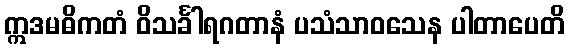
ဣဒမဓိကတံ ဝိသင်္ခါရဂတာနံ ပသံသာဝသေန ပါတာပေတိ